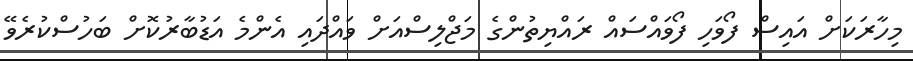
މިހާރަކަށް އައިސް ފޯވަހި ފޯވައްސައް ރައްޔިތުންގެ މަޖްލިސްއަށް ވައްދައި އެންމެ އަޑުބާރުކޮށް ބަހުސްކުރެވޭ